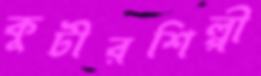
কুটীরশিল্পী